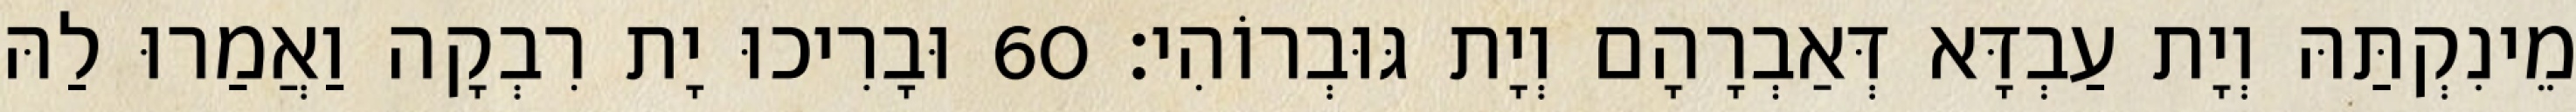
מֵינִקְתַּהּ וְיָת עַבְדָּא דְּאַבְרָהָם וְיָת גּוּבְרוֹהִי׃ 60 וּבָרִיכוּ יָת רִבְקָה וַאֲמַרוּ לַהּ